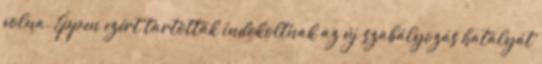
volna. Éppen ezért tartották indokoltnak az új szabályozás hatályát